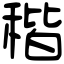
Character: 稭